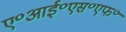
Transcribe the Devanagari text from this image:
ए॰आई॰एस॰एफ॰